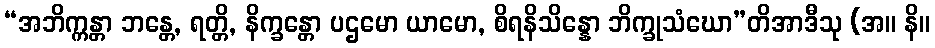
“အဘိက္ကန္တာ ဘန္တေ, ရတ္တိ, နိက္ခန္တော ပဌမော ယာမော, စိရနိသိန္နော ဘိက္ခုသံဃော”တိအာဒီသု (အ။ နိ။